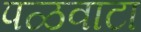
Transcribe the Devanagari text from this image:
पळवाटा